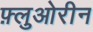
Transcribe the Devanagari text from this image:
फ़्लुओरीन